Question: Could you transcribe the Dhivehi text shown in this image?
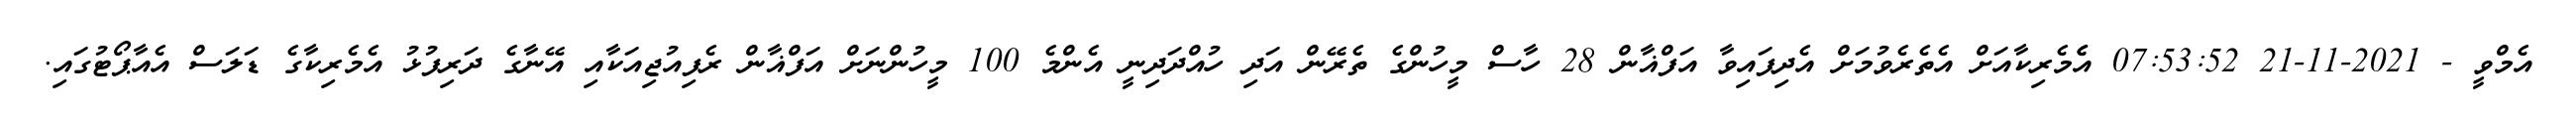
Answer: އެމްވީ - 2021-11-21 07:53:52 އެެމެރިކާއަށް އެތެރެވުމަށް އެދިފައިވާ އަފްޣާން 28 ހާސް މީހުންގެ ތެރޭން އަދި ހުއްދަދިނީ އެންމެ 100 މީހުންނަށް އަފްޣާން ރެފިއުޖިއަކާއި އޭނާގެ ދަރިފުޅު އެމެރިކާގެ ޑަލަސް އެއާޕޯޓުގައި.